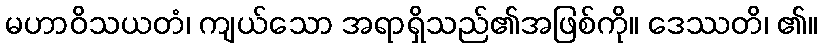
မဟာဝိသယတံ၊ ကျယ်သော အရာရှိသည်၏အဖြစ်ကို။ ဒေဿတိ၊ ၏။